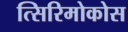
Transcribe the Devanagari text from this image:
त्सिरिमोकोस